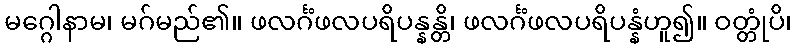
မဂ္ဂေါနာမ၊ မဂ်မည်၏။ ဖလင်္ဂံဖလပရိပန္နန္တိ၊ ဖလင်္ဂံဖလပရိပန္နံဟူ၍။ ဝတ္တုံပိ၊